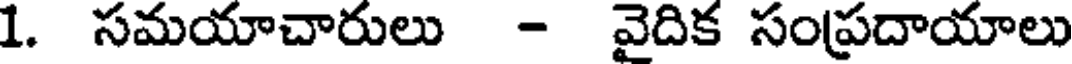
1. సమయాచారులు - వైదిక సంప్రదాయాలు